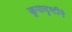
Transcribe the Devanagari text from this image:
कृपादृष्टीने